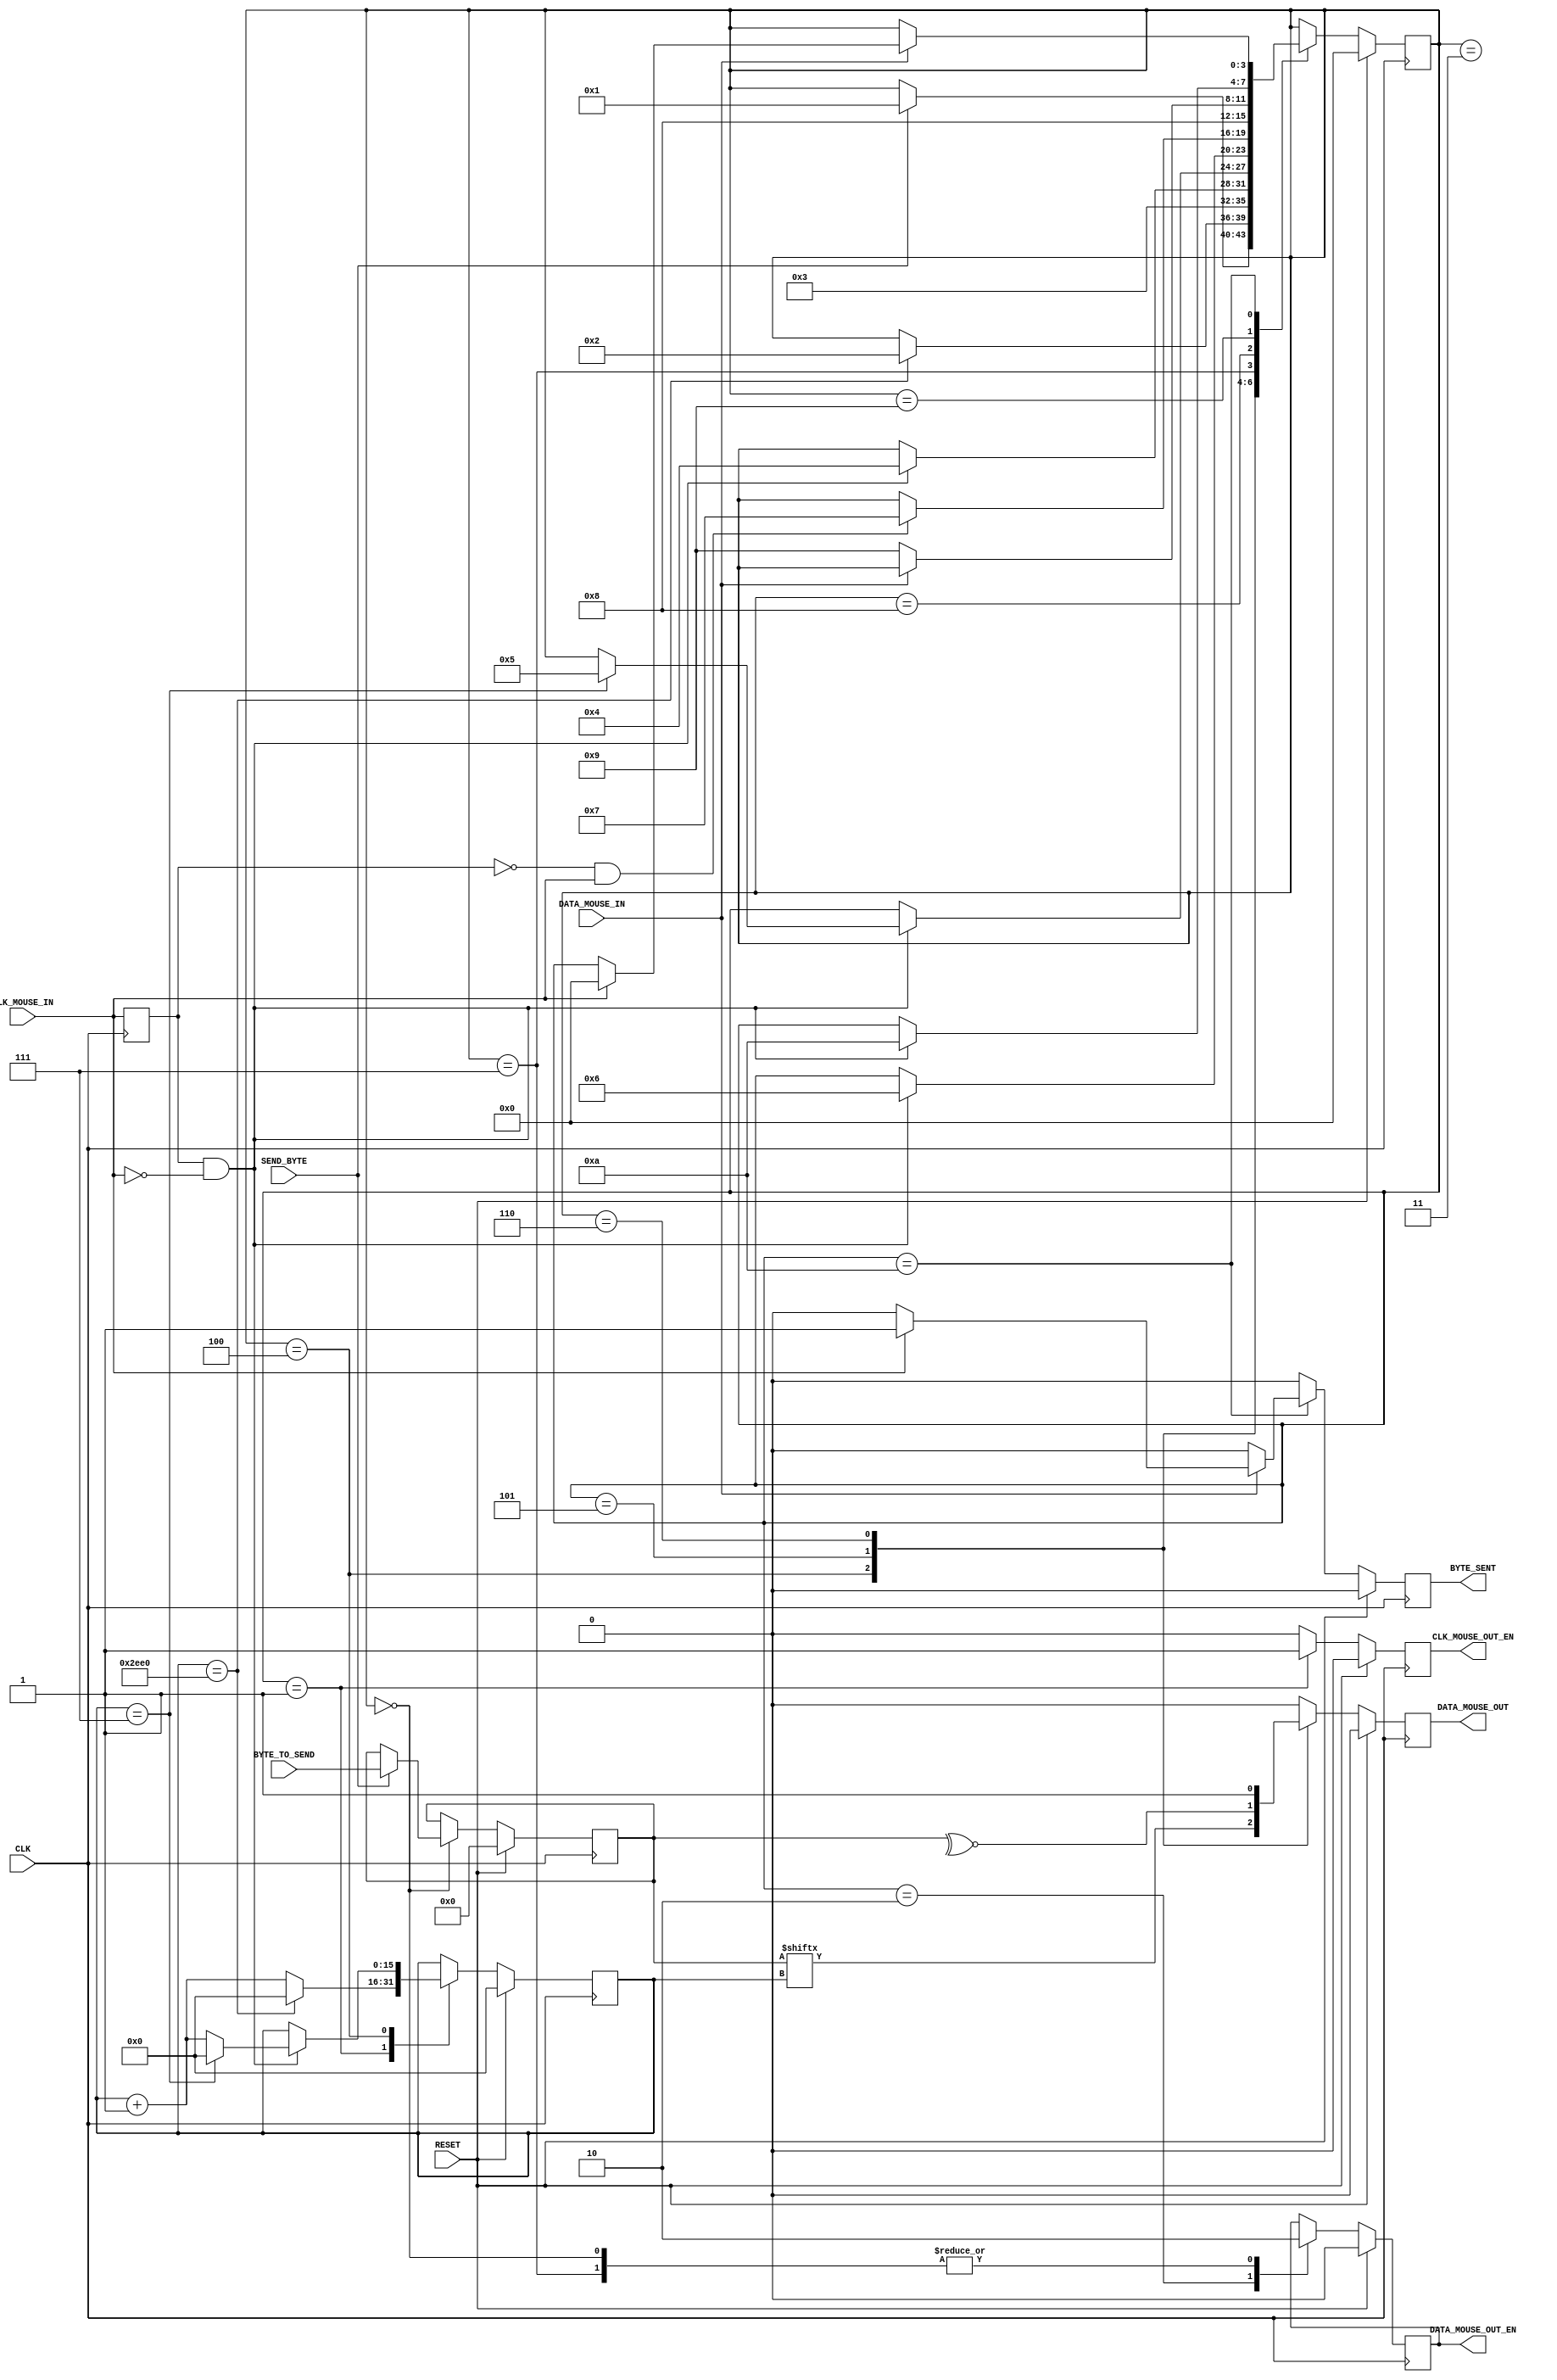
`timescale 1ns / 1ps
module MouseTransmitter(
//Standard Inputs
input RESET,
input CLK,
//Mouse IO - CLK
input CLK_MOUSE_IN,
output CLK_MOUSE_OUT_EN, // Allows for the control of the Clock line
//Mouse IO - DATA
input DATA_MOUSE_IN,
output DATA_MOUSE_OUT,
output DATA_MOUSE_OUT_EN,
//Control
input SEND_BYTE,
input [7:0] BYTE_TO_SEND,
output BYTE_SENT
//output [3:0] Status
 );
//////////////////////////////////////////////////////////
// Clk Mouse delayed to detect clock edges
reg ClkMouseInDly;
always@(posedge CLK)
ClkMouseInDly <= CLK_MOUSE_IN;
//////////////////////////////////////////////////////////
//Now a state machine to control the flow of write data
reg [3:0] Curr_State, Next_State;
reg Curr_MouseClkOutWE, Next_MouseClkOutWE;
reg Curr_MouseDataOut, Next_MouseDataOut;
reg Curr_MouseDataOutWE, Next_MouseDataOutWE;
reg [15:0] Curr_SendCounter, Next_SendCounter;
reg Curr_ByteSent, Next_ByteSent;
reg [7:0] Curr_ByteToSend, Next_ByteToSend;
//Sequential
always@(posedge CLK) begin
if(RESET) begin
Curr_State <= 4'h0;
Curr_MouseClkOutWE <= 1'b0;
Curr_MouseDataOut <= 1'b0;
Curr_MouseDataOutWE <= 1'b0;
Curr_SendCounter <= 0;
Curr_ByteSent <= 1'b0;
Curr_ByteToSend <= 0;
end else begin
Curr_State <= Next_State;
Curr_MouseClkOutWE <= Next_MouseClkOutWE;
Curr_MouseDataOut <= Next_MouseDataOut;
Curr_MouseDataOutWE <= Next_MouseDataOutWE;
Curr_SendCounter <= Next_SendCounter;
Curr_ByteSent <= Next_ByteSent;
Curr_ByteToSend <= Next_ByteToSend;
end
end
//Combinatorial
always@* begin
//default values
Next_State = Curr_State;
Next_MouseClkOutWE = 1'b0;
Next_MouseDataOut = 1'b0;
Next_MouseDataOutWE = Curr_MouseDataOutWE;
Next_SendCounter = Curr_SendCounter;
Next_ByteSent = 1'b0;
Next_ByteToSend = Curr_ByteToSend;
case(Curr_State)
//IDLE
4'h0 : begin
 if(SEND_BYTE) begin
Next_State = 4'h1;
Next_ByteToSend = BYTE_TO_SEND;
 end
 Next_MouseDataOutWE = 1'b0;
end
//Bring Clock line low for at least 100 microsecs i.e. 5000 clock cycles @ 50MHz
4'h1 : begin
 if(Curr_SendCounter == 12000) begin
Next_State = 4'h2;
Next_SendCounter = 0;
 end else
Next_SendCounter = Curr_SendCounter + 1'b1;
 Next_MouseClkOutWE = 1'b1;
end
//Bring the Data Line Low and release the Clock line
4'h2 : begin
Next_State = 4'h3;
Next_MouseDataOutWE = 1'b1;
end
//Start Sending
4'h3 : begin // change data at falling edge of clock, start bit = 0
if(ClkMouseInDly & ~CLK_MOUSE_IN)
 Next_State = 4'h4;
end
//Send Bits 0 to 7 - We need to send the byte
4'h4 : begin // change data at falling edge of clock
 if(ClkMouseInDly & ~CLK_MOUSE_IN) begin
if(Curr_SendCounter == 7) begin
Next_State = 4'h5;
Next_SendCounter = 0;
end else
 Next_SendCounter = Curr_SendCounter + 1'b1;
 end
 Next_MouseDataOut = Curr_ByteToSend[Curr_SendCounter];
end
//Send the parity bit
4'h5 : begin // change data at falling edge of clock
 if(ClkMouseInDly & ~CLK_MOUSE_IN)
Next_State = 4'h6;
 Next_MouseDataOut = ~^Curr_ByteToSend[7:0];
end
//Release Data line
4'h6: begin
   if(~ClkMouseInDly & CLK_MOUSE_IN) begin
   Next_State = 4'h7;
   
   end
    Next_MouseDataOut =1'b1;
    
end
4'h7 : begin
 Next_State = 4'h8;
  Next_MouseDataOutWE = 1'b0;
end
/*
Wait for Device to bring Data line low, then wait for Device to bring Clock line low, and finally wait for
Device to release both Data and Clock.
*/
4'h8: begin
    if(DATA_MOUSE_IN==0)     
       Next_State = 4'h9;   
end
4'h9: begin
    if(ClkMouseInDly & ~CLK_MOUSE_IN) 
    Next_State = 4'hA;
end
4'hA: begin
    if(DATA_MOUSE_IN==1) begin
        if( CLK_MOUSE_IN) begin
            Next_ByteSent=1'b1;
            Next_State=4'h0;
        end
    end
end
endcase
end
///////////////////////////////////////////////////////////////
//Assign OUTPUTs
//Mouse IO - CLK
assign CLK_MOUSE_OUT_EN = Curr_MouseClkOutWE;
//Mouse IO - DATA
assign DATA_MOUSE_OUT = Curr_MouseDataOut;
assign DATA_MOUSE_OUT_EN = Curr_MouseDataOutWE;
//Control
assign BYTE_SENT = Curr_ByteSent;
//assign Status=Curr_State;
endmodule